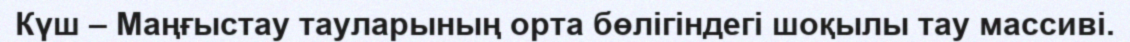
Күш – Маңғыстау тауларының орта бөлігіндегі шоқылы тау массиві.